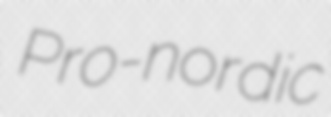
Pro-nordic